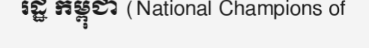
រដ្ឋ កម្ពុជា (National Champions of